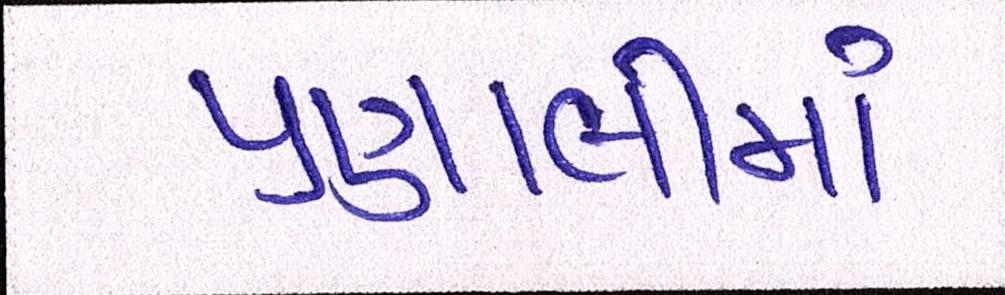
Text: પ્રણાલીમાં